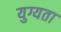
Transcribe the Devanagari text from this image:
युग्यता